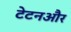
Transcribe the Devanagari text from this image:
टेटनऔर